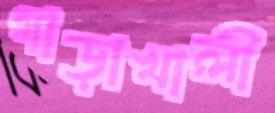
গাড়াখালী